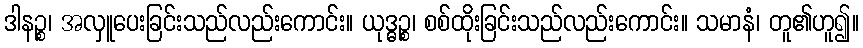
ဒါနဉ္စ၊ အလှူပေးခြင်းသည်လည်းကောင်း။ ယုဒ္ဓဉ္စ၊ စစ်ထိုးခြင်းသည်လည်းကောင်း။ သမာနံ၊ တူ၏ဟူ၍။